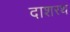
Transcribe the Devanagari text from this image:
दाशरथ